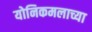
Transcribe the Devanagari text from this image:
योनिकमलाच्या